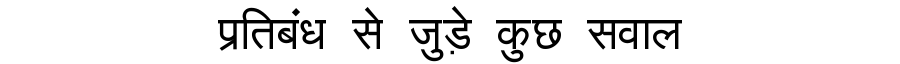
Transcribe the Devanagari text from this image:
प्रतिबंध से जुड़े कुछ सवाल